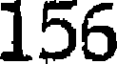
156